Notes on vaccination in the North-West Frontier Province 1923-1928 - 1923-1928
Year: 1923
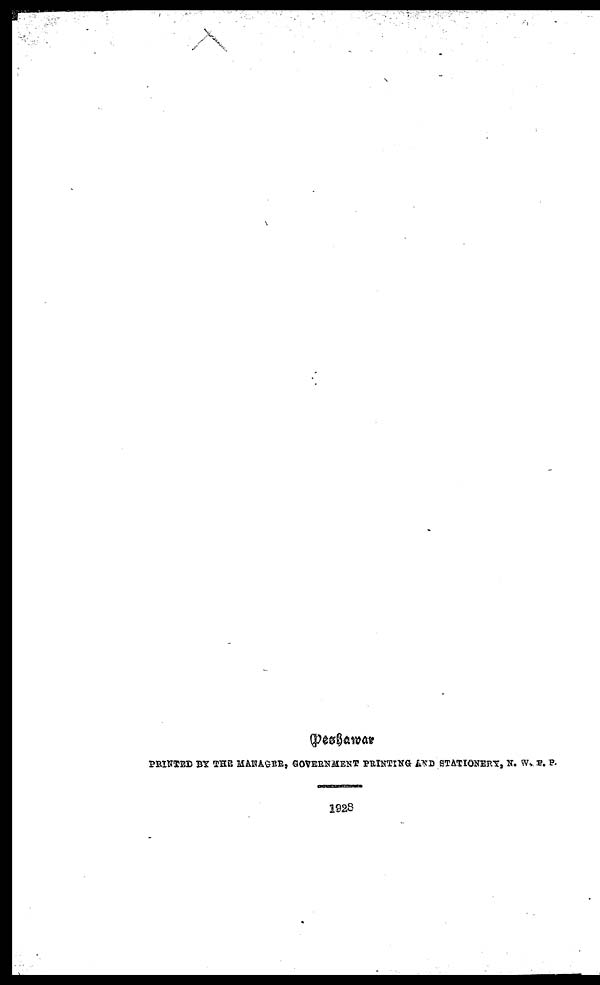
Peshawar
PRINTED BY THE MANAGER, GOVERNMENT PRINTING AND STATIONERY, N. W. F. P.
1928